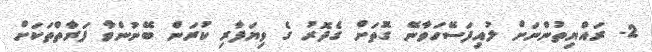
2- ރައްޔިތުންނަށް ލުއިފަސޭހަވާނޭ ގޮތަށް ގެދޮރު ގެ ވިޔަފާރި ކުރަން ބޭނުންވާ ފަރާތްތަކަށް